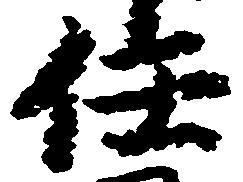
任